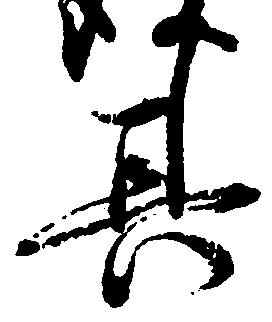
其